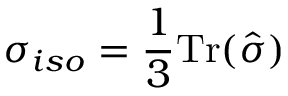
\sigma _ { i s o } = \frac { 1 } { 3 } \mathrm { T r } ( \hat { \sigma } )